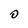
Character: O